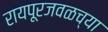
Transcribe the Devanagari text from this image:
रायपूरजवळच्या